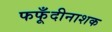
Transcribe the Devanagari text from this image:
फफूँदीनाशक